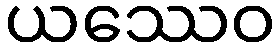
ယဿေဝ